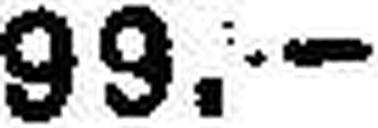
99.—